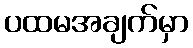
ပထမအချက်မှာ